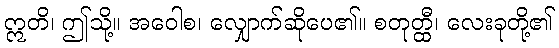
ဣတိ၊ ဤသို့။ အဝေါစ၊ လျှောက်ဆိုပေ၏။ စတုတ္ထီ၊ လေးခုတို့၏